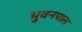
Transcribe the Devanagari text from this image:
भुवनपाल